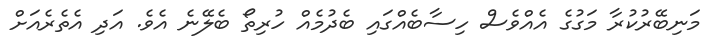
މަނިބޭރުކުރާ މަގުގެ އެއްވެސް ހިސާބެއްގައި ބެދުމެއް ހުރިތޯ ބެލޭނެ އެވެ. އަދި އެތެރެއަށް